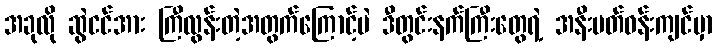
အခုလို ဆွဲငင်အား ကြီလွန်းတဲ့အတွက်ကြောင့်ပဲ ဒီတွင်းနက်ကြီးတွေရဲ့ အနီးပတ်ဝန်းကျင်မှာ